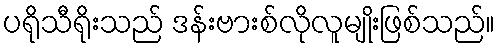
ပရိုသီရိုးသည် ဒန်းဗားစ်လိုလူမျိုးဖြစ်သည်။